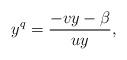
LaTeX: \begin{align*}y^q=\frac{-vy-\beta}{uy},\end{align*}